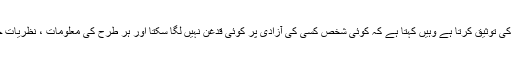
یہ آزادئ اظہار کا دوہرا پہلو ہے جو بیک وقت جہاں فرد کے حقوق کی توثیق کرتا ہے وہیں کہتا ہے کہ کوئی شخص کسی کی آزادی پر کوئی قدغن نہیں لگا سکتا اور ہر طرح کی معلومات ، نظریات جس کا دوسرے اظہار کریں، تک رسائی کا اجتماعی حق رکھتا ہے۔